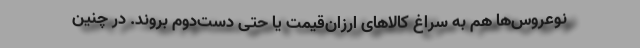
نوعروس‌ها هم به سراغ کالاهای ارزان‌قیمت یا حتی دست‌دوم بروند. در چنین